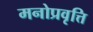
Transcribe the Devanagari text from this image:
मनोप्रवृत्ति